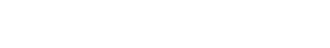
အကျင့်တွေကို စောင့်ကြည့်လေ့လာတာ ဖြစ်ပါတယ်။